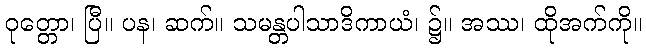
ဝုတ္တော၊ ပြီ။ ပန၊ ဆက်။ သမန္တပါသာဒိကာယံ၊ ၌။ အဿ၊ ထိုအက်ကို။